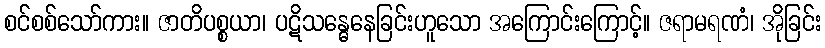
စင်စစ်သော်ကား။ ဇာတိပစ္စယာ၊ ပဋိသန္ဓေနေခြင်းဟူသော အကြောင်းကြောင့်။ ဇရာမရဏံ၊ အိုခြင်း